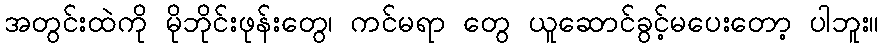
အတွင်းထဲကို မိုဘိုင်းဖုန်းတွေ၊ ကင်မရာ တွေ ယူဆောင်ခွင့်မပေးတော့ ပါဘူး။